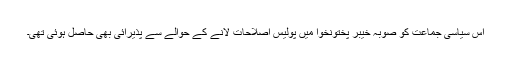
اس سیاسی جماعت کو صوبہ خیبر پختونخوا میں پولیس اصلاحات لانے کے حوالے سے پذیرائی بھی حاصل ہوئی تھی۔